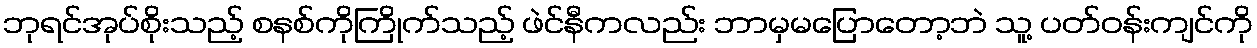
ဘုရင်အုပ်စိုးသည့် စနစ်ကိုကြိုက်သည့် ဖဲင်နီကလည်း ဘာမှမပြောတော့ဘဲ သူ့ ပတ်ဝန်းကျင်ကို